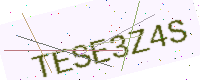
Text: TESE3Z4S